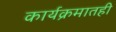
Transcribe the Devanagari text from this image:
कार्यक्रमातही